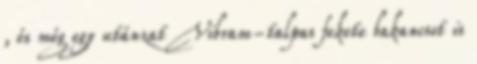
, és még egy utánzat Vibram-talpas fekete bakancsot is